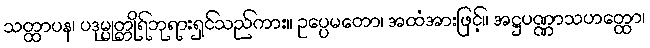
သတ္ထာပန၊ ပဒုမ္မုတ္တိုရ်ဘုရားရှင်သည်ကား။ ဥပ္ပေမတော၊ အထံအားဖြင့်။ အဋ္ဌပဏ္ဏာသဟတ္ထော၊